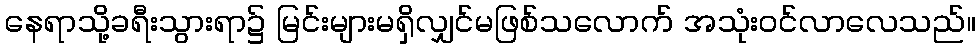
နေရာသို့ခရီးသွားရာ၌ မြင်းများမရှိလျှင်မဖြစ်သလောက် အသုံးဝင်လာလေသည်။